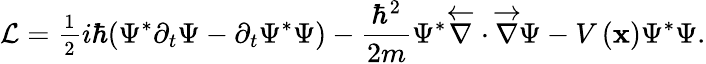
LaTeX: \mathcal{L}=\frac{_1}{^2}i\hbar(\Psi^{*}\partial_{t}\Psi-\partial_{t}\Psi^{*}\Psi)-\frac{\hbar^{2}}{2m}\Psi^{*}\overleftarrow{\nabla}\cdot\overrightarrow{\nabla}\Psi-V\left(\mathbf{x}\right)\Psi^{*}\Psi.